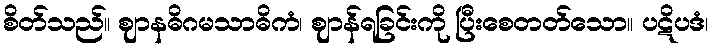
စိတ်သည်။ ဈာနဓိဂမသာဓိကံ၊ ဈာန်ရခြင်းကို ပြီးစေတတ်သော။ ပဋိပဒံ၊